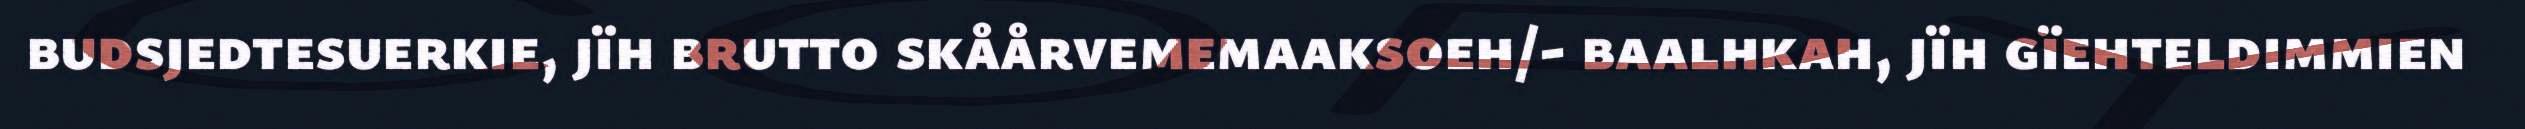
budsjedtesuerkie, jïh brutto skåårvememaaksoeh/- baalhkah, jïh gïehteldimmien